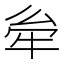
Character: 𤙋